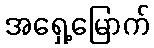
အရှေ့မြောက်